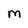
Character: M